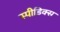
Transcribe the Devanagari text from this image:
स्पीडिक्स